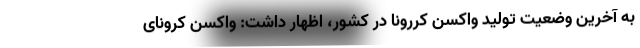
به آخرین وضعیت تولید واکسن کررونا در کشور، اظهار داشت: واکسن کرونای